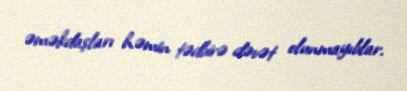
əməkdaşları həmin tədbirə dəvət olunmayıblar.